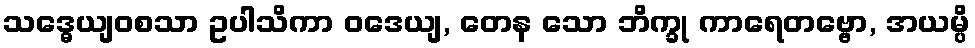
သဒ္ဓေယျဝစသာ ဥပါသိကာ ဝဒေယျ, တေန သော ဘိက္ခု ကာရေတဗ္ဗော, အယမ္ပိ